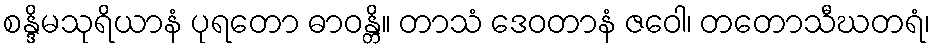
စန္ဒိမသုရိယာနံ ပုရတော ဓာဝန္တိ။ တာသံ ဒေဝတာနံ ဇဝေါ၊ တတောသီဃတရံ၊